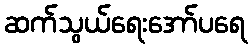
ဆက်သွယ်ရေးအော်ပရေ